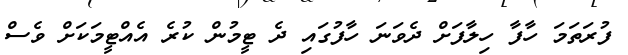
ފުރަތަމަ ހާފާ ހިލާފަށް ދެވަނަ ހާފުގައި ދެ ޓީމުން ކުރެ އެއްޓީމަކަށް ވެސް